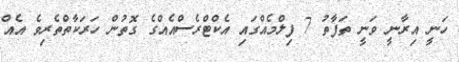
ހަނީ އިރާނީ ވަނީ ތަފާތު 7 ފިލްމެއްގައި އެކްޓްރެސްއެއްގެ ގޮތުން ހަރަކާތްތެރިވެ އެއް